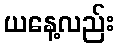
ယနေ့လည်း